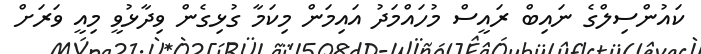
ކައުންސިލްގެ ނައިބް ރައީސް މުހައްމަދު އައިމަން މިކަމާ ގުޅިގެން ވިދާޅުވީ މިއީ ވަރަށް